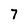
Character: 7